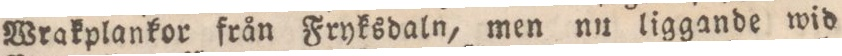
Wrakplankor från Fryksdaln, men nu liggande wid